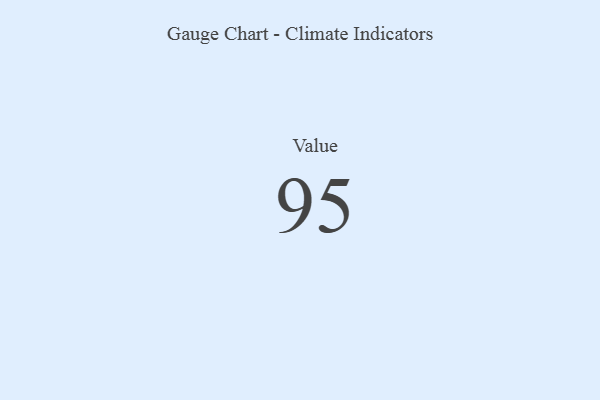
{"axis": {"x": "Metric", "y": "Value"}, "legend": [""], "data": [{"x": "Value", "y": 95, "type": ""}]}